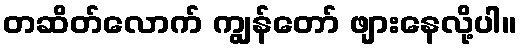
တဆိတ်လောက် ကျွန်တော် ဖျားနေလို့ပါ။